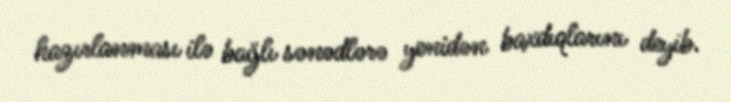
hazırlanması ilə bağlı sənədlərə yenidən baxdıqlarını deyib.